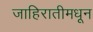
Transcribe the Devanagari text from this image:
जाहिरातीमधून